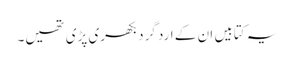
یہ کتابیں ان کے ارد گرد بکھری پڑی تھیں۔